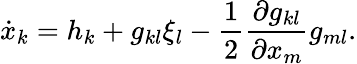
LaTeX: {\dot{x}}_{k}=h_{k}+g_{kl}\xi_{l}-{\frac{1}{2}}{\frac{\partial g_{kl}}{\partial{x_{m}}}}g_{ml}.